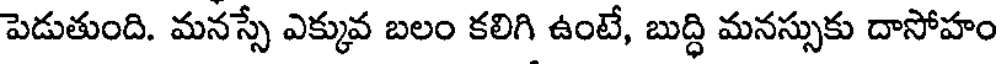
పెడుతుంది. మనస్సే ఎక్కువ బలం కలిగి ఉంటే, బుద్ధి మనస్సుకు దాసోహం